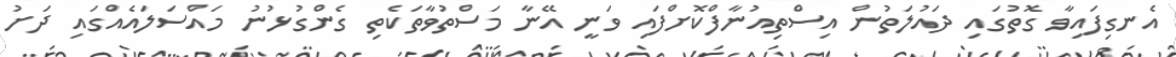
އެނގިފައިވާ ގޮތުގައި ދައުލަތުން އިސްތިއުނާފްކޮށްފައި ވަނީ އޭނާ މަސްތުވާތަކެތި ގެންގުޅުނު މައްސަލައެއްގައި ދަށު